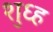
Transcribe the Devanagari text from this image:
शुध्ह